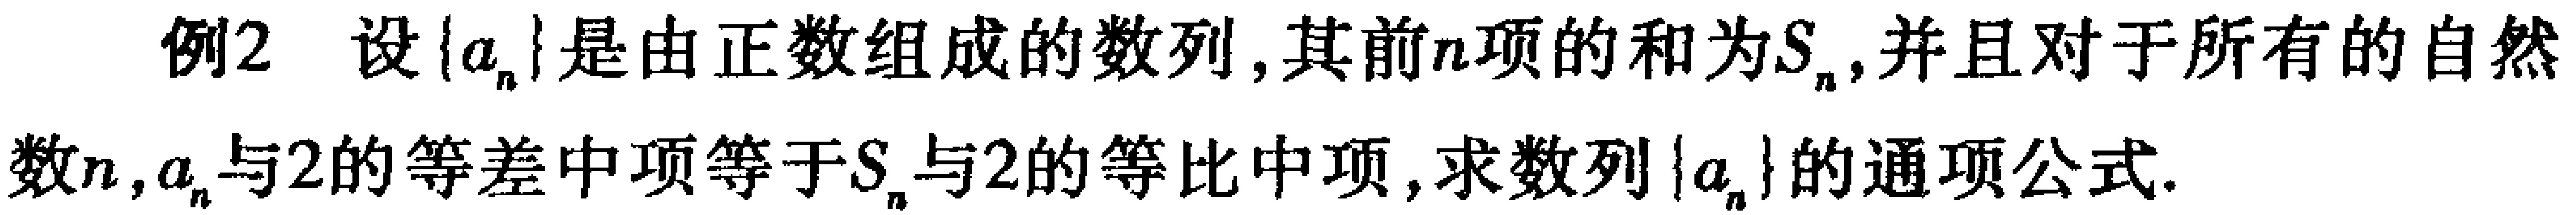
例2 设\(\{a_{n}\}\)是由正数组成的数列,其前\(n\)项的和为\(S_{n}\),并且对于所有的自然数\(n\),\(a_{n}\)与\(2\)的等差中项等于\(S_{n}\)与\(2\)的等比中项,求数列\(\{a_{n}\}\)的通项公式.